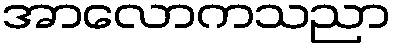
အာလောကသညာ